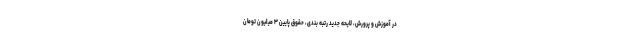
در آموزش و پرورش، لایحه جدید رتبه بندی، حقوق پایین ۳ میلیون تومان